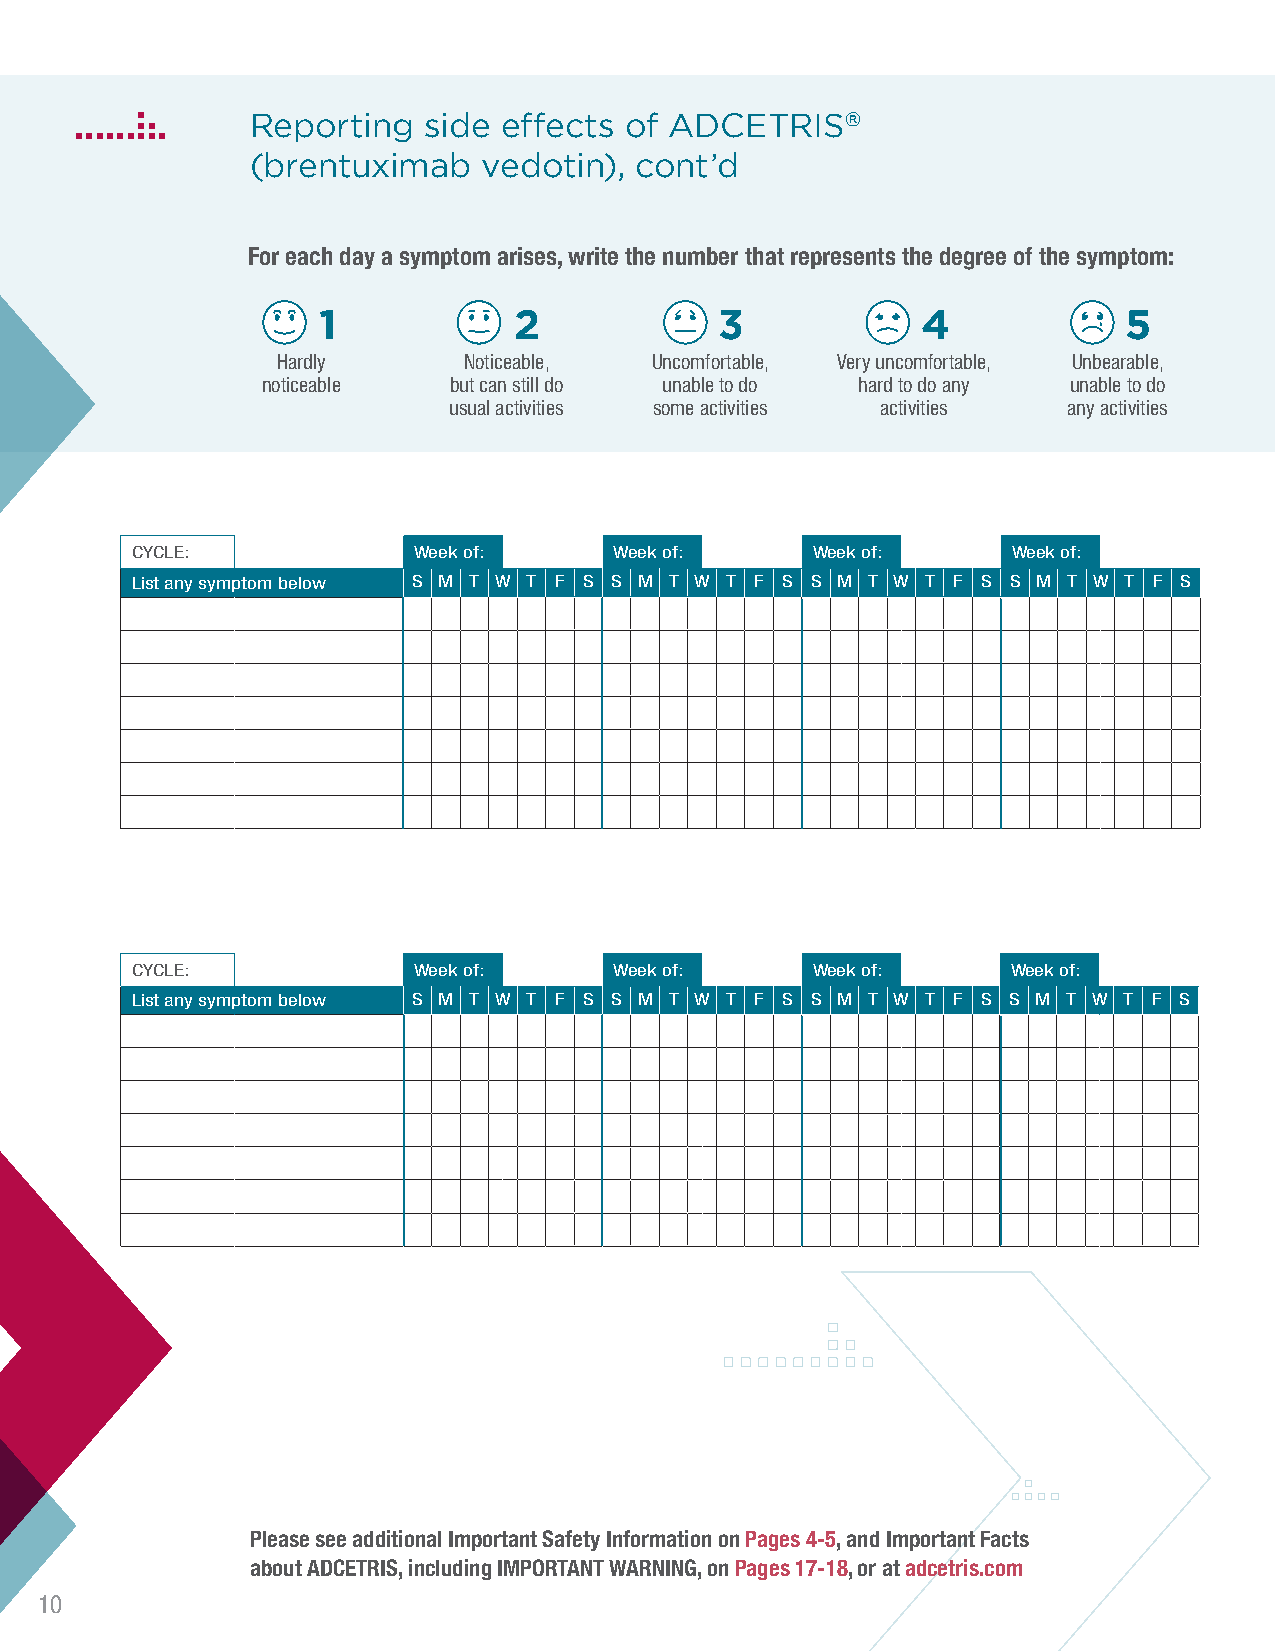
Reporting  side effects of ADCETRIS®
 (brentuximab   vedotin), cont’d
 For each day a symptom arises, write the number that represents the degree of the symptom:
 1            2             3            4            5
 Hardly       Noticeable, Uncomfortable, Very uncomfortable, Unbearable,
 noticeable   but can still do unable to do hard to do any unable to do
 usual activities some activities activities any activities
 CYCLE:            Week of:      Week of:     Week of:     Week of:
 List any symptom below S M T W T F S S M T W T F S S M T W T F S S M T W T F S
 CYCLE:            Week of:      Week of:     Week of:     Week of:
 List any symptom below S M T W T F S S M T W T F S S M T W T F S S M T W T F S
 Please see additional Important Safety Information on Pages 4-5, and Important Facts
 about ADCETRIS, including IMPORTANT WARNING, on Pages 17-18, or at adcetris.com
 10